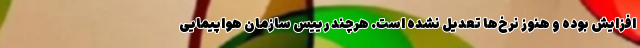
افزایش بوده و هنوز نرخ‌ها تعدیل نشده است. هرچند رییس سازمان هواپیمایی